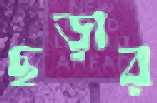
ছড়ার